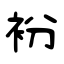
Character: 衯